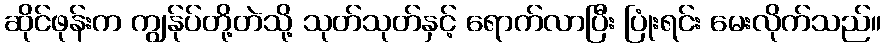
ဆိုင်ဖုန်းက ကျွန်ုပ်တို့တဲသို့ သုတ်သုတ်နှင့် ရောက်လာပြီး ပြုံးရင်း မေးလိုက်သည်။